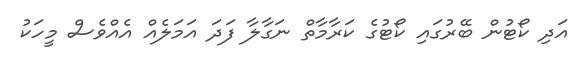
އަދި ކޯޓުން ބޭރުގައި ކޯޓުގެ ކަރާމާތް ނަގާލާ ފަދަ އަމަލެއް އެއްވެސް މީހަކު